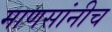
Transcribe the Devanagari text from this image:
माणसांनीच